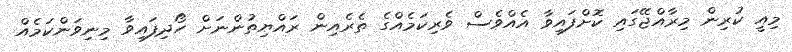
މިއީ ކުރިން މިރާއްޖޭގައި ކޮށްފައިވާ އެއްވެސް ވެރިކަމެއްގެ ތެރެއިން ރައްޔިތުންނަށް ހޯދިފައިވާ މިނިވަންކަމެއް